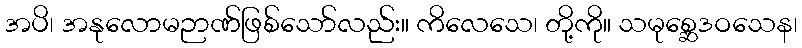
အပိ၊ အနုလောမဉာဏ်ဖြစ်သော်လည်း။ ကိလေသေ၊ တို့ကို။ သမုစ္ဆေဒဝသေန၊